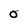
Character: O